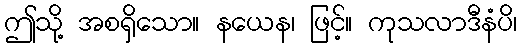
ဤသို့ အစရှိသော။ နယေန၊ ဖြင့်။ ကုသလာဒီနံပိ၊